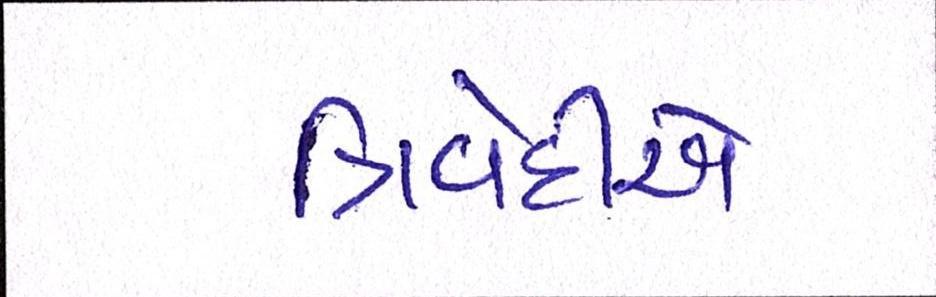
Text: ત્રિવેદીએ